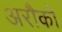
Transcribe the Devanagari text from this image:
अरौको